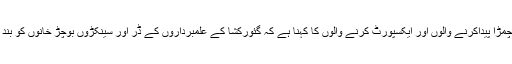
ہیومن رائٹس واچ کی رپورٹ کے مطابق چمڑا پیداکرنے والوں اور ایکسپورٹ کرنے والوں کا کہنا ہے کہ گئورکشا کے علمبرداروں کے ڈر اور سینکڑوں بوچڑ خانوں کو بند کرنے سے چمڑے کی دستیابی گھٹی ہے۔